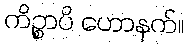
ကိဉ္စာပိ ဟောနက်။